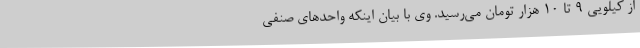
از کیلویی 9 تا 10 هزار تومان می‌رسید. وی با بیان اینکه واحدهای صنفی